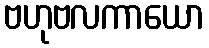
ဗဟုဗလကာယော